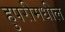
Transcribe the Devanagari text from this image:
हुपरीमधील